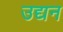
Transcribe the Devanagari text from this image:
उद्यन